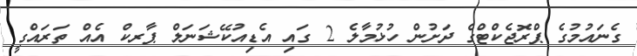
ގެނައުމުގެ ޕްރޮޖެކްޓްގެ ދަށުން ހުޅުމާލެ 2 ގައި އެޑިއުކޭޝަނަލް ޕާރކް އެއް ތަރައްގީ